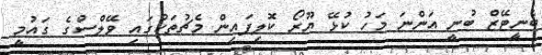
ބެނީޓޭޒް ބުނީ އަންނަ މަހު ކުޅޭ ޔޫރޯ ކޮލިފައިން މެޗުތަކުގައި ވޭލްސްގެ ގައުމީ